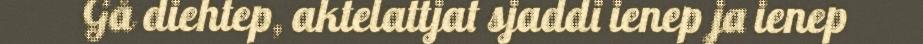
Gå diehtep, aktelattjat sjaddi ienep ja ienep